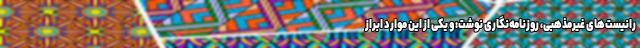
رانیست‌های غیرمذهبی، روزنامه‌‌نگاری نوشت: و یکی از این موارد ابراز